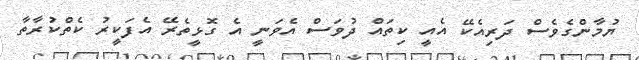
ޔުމާންގެވެސް ދަރިއެކޭ އެއީ ކިތައް ދުވަސް އެވަނީ އެ ގޮޅީތެރޭ އެފަކީރު ކެތްކުރާތާ